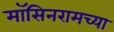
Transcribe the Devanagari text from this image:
मॉसिनरामच्या